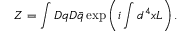
Z = \int { \cal D } q { \cal D } \bar { q } \exp \left( i \int d ^ { 4 } x { \cal L } \right) .